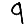
Digit: 9